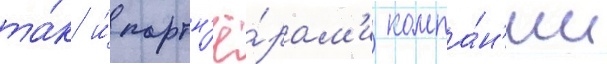
та́к и́ партн'ё́рам'и компа́н'ии